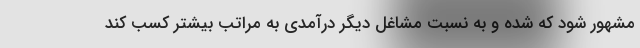
مشهور شود که شده و به نسبت مشاغل دیگر درآمدی به مراتب بیشتر کسب کند